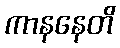
ကာနနေတိ